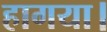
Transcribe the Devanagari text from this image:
हागया।